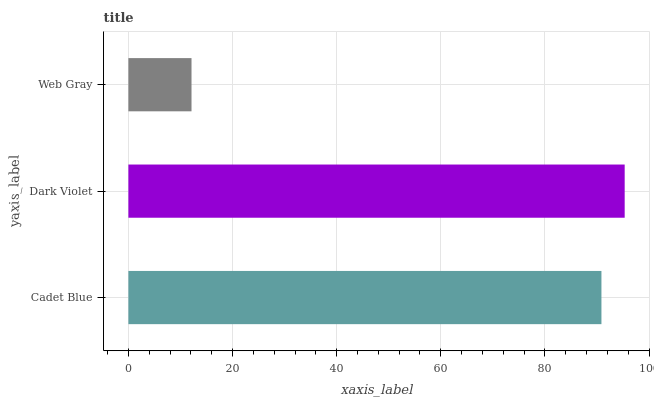
| yaxis_label | bars |
 | --- | --- |
 | Cadet Blue | 90.8 |
 | Dark Violet | 95.3 |
 | Web Gray | 12.1 |